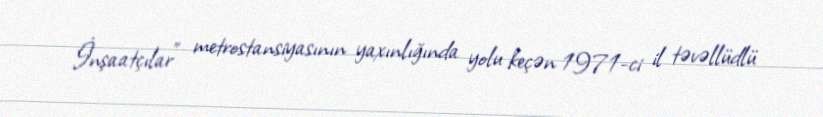
İnşaatçılar" metrostansiyasının yaxınlığında yolu keçən 1971-ci il təvəllüdlü